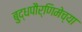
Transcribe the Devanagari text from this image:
बुद्धपौर्णिमेच्या